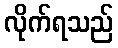
လိုက်ရသည်